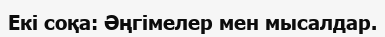
Екі соқа: Әңгімелер мен мысалдар.